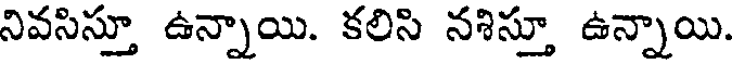
నివసిస్తూ ఉన్నాయి. కలిసి నశిస్తూ ఉన్నాయి.